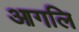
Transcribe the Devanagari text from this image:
आगलि